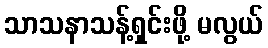
သာသနာသန့်ရှင်းဖို့ မလွယ်